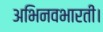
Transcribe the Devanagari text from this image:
अभिनवभारती।